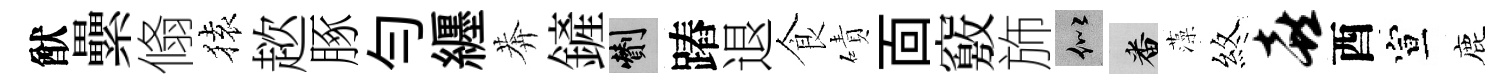
猷纍翛𫞤趑䐁勻纒莾鏟剪蹖退食磧靣竅斾似番藻煞喜酉宣鹿